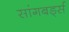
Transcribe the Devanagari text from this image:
सांगबर्ड्स